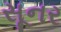
સૂનર